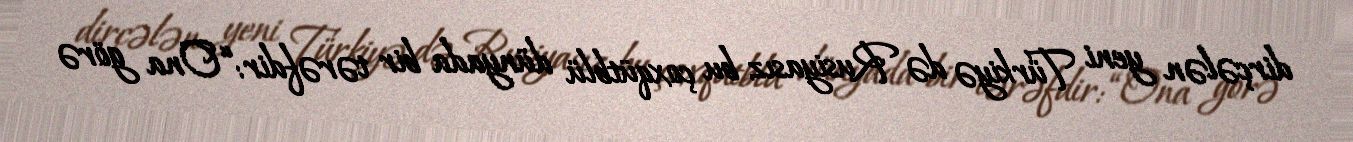
dirçələn yeni Türkiyə də Rusiyasız bu çoxqütblü dünyada bir tərəfdir: “Ona görə